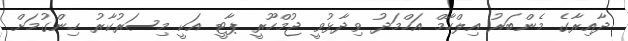
ދާއިރާގެ މެންބަރު އިލްހާމް އަހްމަދު ވިދާޅުވީ ޖުމްހޫރީ ޕާޓީ އަކީ މިސަރުކާރު ހިންގުމަށް